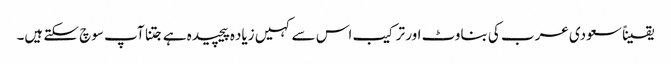
یقیناً سعودی عرب کی بناوٹ اور ترکیب اس سے کہیں زیاده پیچیده ہے جتنا آپ سوچ سکتے ہیں۔